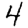
Digit: 4